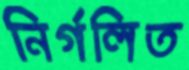
নির্গলিত